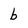
Character: b